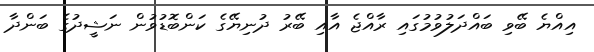
އިއްޔެ ބޭވި ބައްދަލުވުމުގައި ރާއްޖެ އާއި ބޭރު ދުނިޔޭގެ ކަންބޮޑުވުން ނަޝީދުގެ ބަންދާ